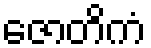
ဇောတိကံ